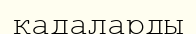
қадаларды